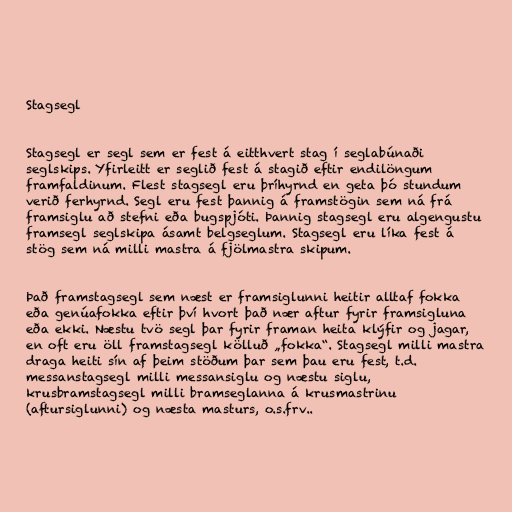
Stagsegl

Stagsegl er segl sem er fest á eitthvert stag í seglabúnaði
seglskips. Yfirleitt er seglið fest á stagið eftir endilöngum
framfaldinum. Flest stagsegl eru þríhyrnd en geta þó stundum
verið ferhyrnd. Segl eru fest þannig á framstögin sem ná frá
framsiglu að stefni eða bugspjóti. Þannig stagsegl eru algengustu
framsegl seglskipa ásamt belgseglum. Stagsegl eru líka fest á
stög sem ná milli mastra á fjölmastra skipum.

Það framstagsegl sem næst er framsiglunni heitir alltaf fokka
eða genúafokka eftir því hvort það nær aftur fyrir framsigluna
eða ekki. Næstu tvö segl þar fyrir framan heita klýfir og jagar,
en oft eru öll framstagsegl kölluð „fokka“. Stagsegl milli mastra
draga heiti sín af þeim stöðum þar sem þau eru fest, t.d.
messanstagsegl milli messansiglu og næstu siglu,
krusbramstagsegl milli bramseglanna á krusmastrinu
(aftursiglunni) og næsta masturs, o.s.frv..